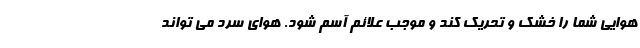
هوایی شما را خشک و تحریک کند و موجب علائم آسم شود. هوای سرد می تواند